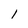
Character: 1